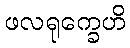
ဖလရုက္ခေဟိ